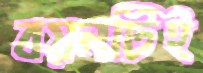
বয়নটিই